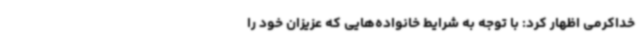
خداکرمی اظهار کرد: با توجه به شرایط خانواده‌هایی که عزیزان خود را